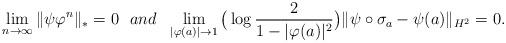
LaTeX: \begin{align*}\lim_{n\rightarrow \infty}\|\psi\varphi^n\|_*=0\,\,\,\,and\,\,\,\, \lim_{|\varphi(a)|\rightarrow 1}\big(\log\frac{2}{1-|\varphi(a)|^2}\big)\|\psi\circ\sigma_a-\psi(a)\|_{H^2}=0.\end{align*}